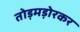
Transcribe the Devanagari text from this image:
तोड़मड़ोरकर